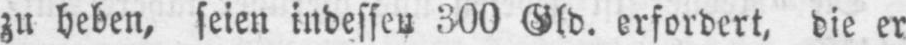
zu heben, seien indessen 300 Gld. erfordert, die er